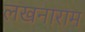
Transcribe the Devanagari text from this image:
लखनाराम